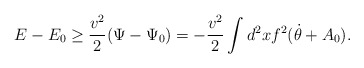
\begin{align*}E - E_0 \ge \frac{v^2}{2} (\Psi -\Psi_0) =- \frac{v^2}{2} \int d^2xf^2(\dot{\theta} + A_0).\end{align*}